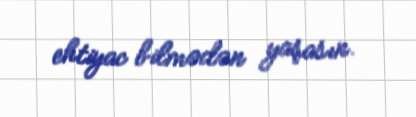
ehtiyac bilmədən yaşasın.